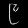
Digit: ၉